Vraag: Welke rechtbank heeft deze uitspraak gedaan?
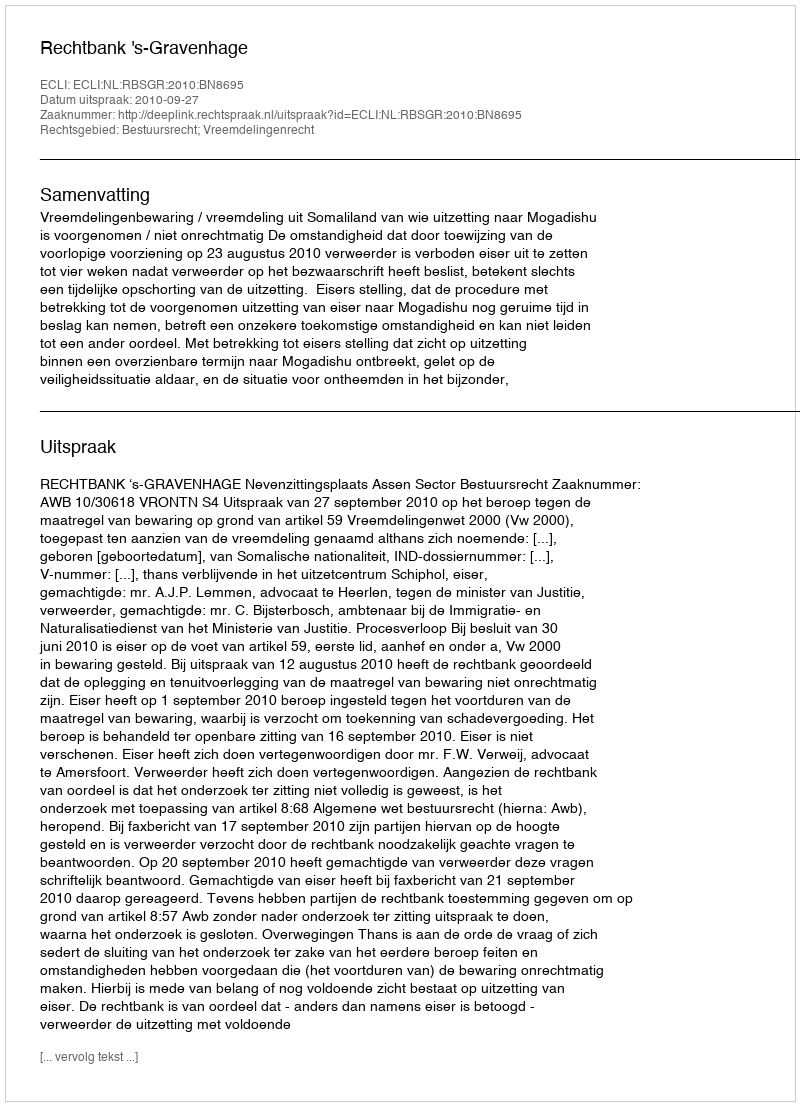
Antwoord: Rechtbank 's-Gravenhage